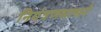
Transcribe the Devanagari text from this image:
नियंत्रणसाधने